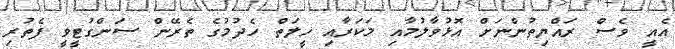
އެއީ ވެސް ރައްޔިތުންނަށް އޮޅުވާލުމާއި މަކަރާއި ހީލަތް ހެދުމުގެ ތެރޭން ސަންގުޓީވީ ފެތުރި